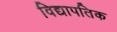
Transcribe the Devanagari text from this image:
विद्यापतिक